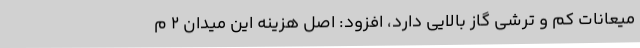
میعانات کم و ترشی گاز بالایی دارد، افزود: اصل هزینه این میدان 2 م